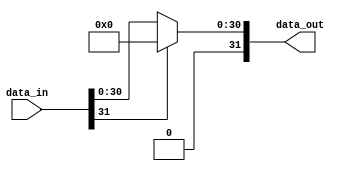
module NV_NVDLA_SDP_HLS_relu (
   data_in
  ,data_out
  );
parameter DATA_WIDTH = 32;
input [DATA_WIDTH-1:0] data_in;
output [DATA_WIDTH-1:0] data_out;
reg [DATA_WIDTH-1:0] data_out;
wire data_in_sign;
// synoff nets
// monitor nets
// debug nets
// tie high nets
// tie low nets
// no connect nets
// not all bits used nets
// todo nets
assign data_in_sign = data_in[DATA_WIDTH-1];
always @(
  data_in_sign
  or data_in
  ) begin
   if (!data_in_sign)
      data_out[((DATA_WIDTH) - 1):0] = data_in[((DATA_WIDTH) - 1):0];
   else
      data_out[((DATA_WIDTH) - 1):0] = {DATA_WIDTH{1'b0}};
end
endmodule